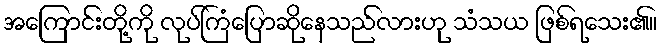
အကြောင်းတို့ကို လုပ်ကြံပြောဆိုနေသည်လားဟု သံသယ ဖြစ်ရသေး၏။